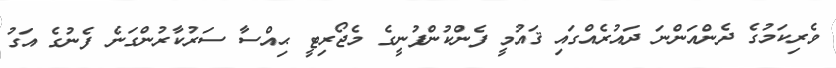
ވެރިކަމުގެ ދެންއަންނަ ދައުރެއްގައި ޤައުމީ ފެންކުންފުނީގެ މެޖޯރިޓީ ޙިއްސާ ސަރުކާރުންގަނެ ފެނުގެ އަގު